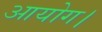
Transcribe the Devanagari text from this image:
आयोग।